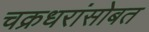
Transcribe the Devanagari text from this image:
चक्रधरांसोबत